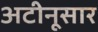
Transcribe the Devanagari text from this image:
अटीनूसार